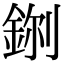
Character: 𮡼